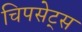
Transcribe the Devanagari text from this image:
चिपसेट्स